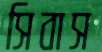
সিবাস